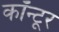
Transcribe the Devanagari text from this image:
कॉन्टूर